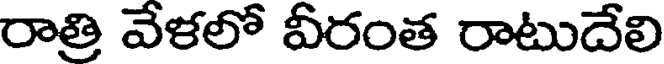
రాత్రి వేళలో వీరంత రాటుదేలి